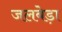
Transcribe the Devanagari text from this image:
जलबेड़ा